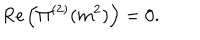
LaTeX: { \it R e } \left( \Pi ^ { ( 2 ) } ( m ^ { 2 } ) \right) = 0 .